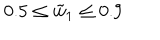
LaTeX: 0 . 5 \le \tilde { w } _ { 1 } \le 0 . 9